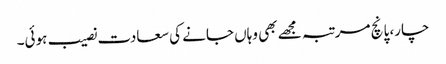
چار، پانچ مرتبہ مجھے بھی وہاں جانے کی سعادت نصیب ہوئی۔